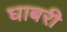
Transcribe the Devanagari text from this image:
घाबरी